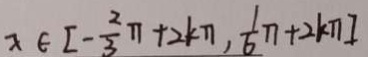
x \in [ - \frac { 2 } { 3 } \pi + 2 k \pi , \frac { 1 } { 6 } \pi + 2 k \pi ]